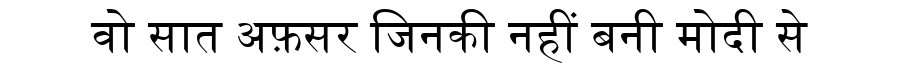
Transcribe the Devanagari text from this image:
वो सात अफ़सर जिनकी नहीं बनी मोदी से